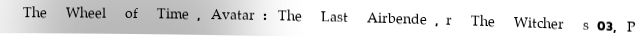
The Wheel of Time, Avatar: The Last Airbende,r The Witcher s03, P